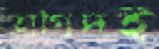
তাগিদই